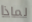
لماذا